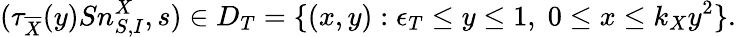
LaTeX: (\tau_{\overline{{X}}}(y)Sn_{S,I}^{X},s)\in D_{T}=\{ (x,y):\epsilon_{T}\leq y\leq 1,\; 0\leq x\leq k_{X}y^{2}\} .